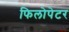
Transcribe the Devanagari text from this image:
फिलोपेटर